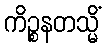
ကိဉ္စနတသ္မိံ